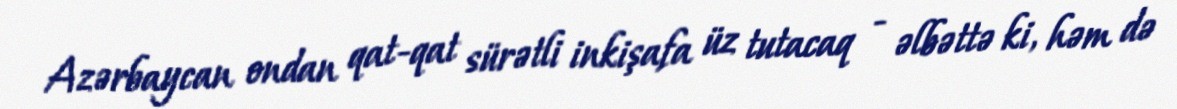
Azərbaycan ondan qat-qat sürətli inkişafa üz tutacaq - əlbəttə ki, həm də